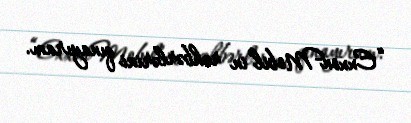
“ExxonMobil”in rəhbərlərini qınayıram.